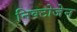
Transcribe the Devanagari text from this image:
निक्टोजेन